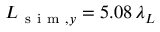
L _ { \mathrm { ~ s ~ i ~ m ~ } , y } = 5 . 0 8 \, \lambda _ { L }